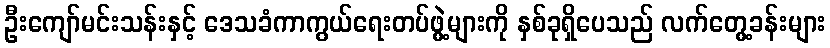
ဦးကျော်မင်းသန်းနှင့် ဒေသခံကာကွယ်ရေးတပ်ဖွဲ့များကို နှစ်ခုရှိပေသည် လက်တွေ့ခန်းများ